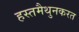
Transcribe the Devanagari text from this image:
हस्तमैथुनकरत